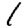
Digit: 1